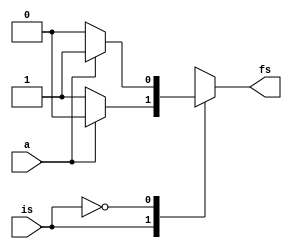
module fsm(a,is,fs);
    input a, is;
    output reg fs;

    parameter odd=1'b1, even=1'b0;
    always @* begin
        fs=even;
        case(is)
            odd: begin
                if(a==0)begin
                    fs=odd;
                end
                else begin
                    fs=even;
                end
            end
            even: begin
                if(a==0)begin
                    fs=even;
                end
                else begin
                    fs=odd;
                end
            end
            default: fs=even;
        endcase
    end
endmodule